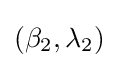
(\beta _{2},\lambda _{2})